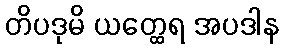
တိပဒုမိ ယတ္ထေရ အပဒါန